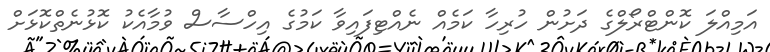
އަމިއްލަ ކޮންޓްރޯލްގެ ދަށުން ހުރިހާ ކަމެއް ނެއްޓިފައިވާ ކަމުގެ އިހްސާސް ވުމާއެކު ކޮޅުނެތްކޮޅަށް